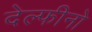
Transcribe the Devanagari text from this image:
देल्फीनो